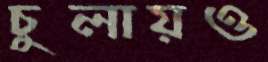
চুলায়ও